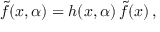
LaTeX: \tilde { f } ( x , \alpha ) = h ( x , \alpha ) \, \tilde { f } ( x ) \, ,